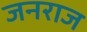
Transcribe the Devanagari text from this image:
जनराज